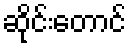
ဆိုင်းတောင်